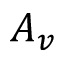
A _ { v }